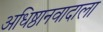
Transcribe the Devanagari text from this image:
अधिष्ठानवादाला